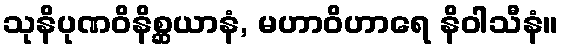
သုနိပုဏဝိနိစ္ဆယာနံ, မဟာဝိဟာရေ နိဝါသီနံ။